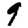
Digit: 9